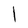
Character: l